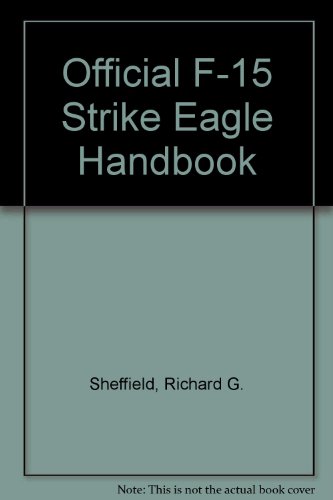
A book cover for The Official F-15 Strike Eagle Handbook; Richard G. Sheffield; Science Fiction & Fantasy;